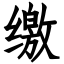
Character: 缴